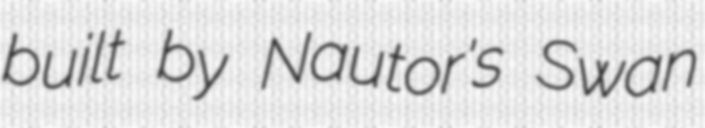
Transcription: built by Nautor's Swan